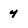
Character: y